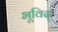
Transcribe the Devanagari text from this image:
भूविद्